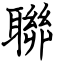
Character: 聯